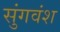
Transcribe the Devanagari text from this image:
सुंगवंश